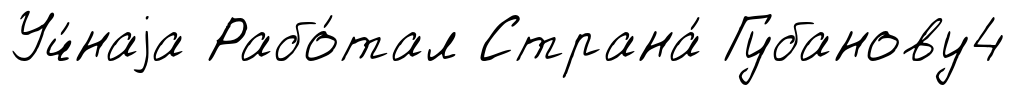
Уч́наjа Рабо́тал Страна́ Губанову4